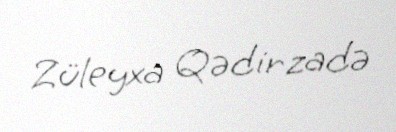
Züleyxa Qədirzadə